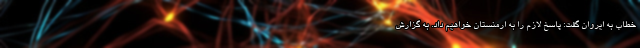
خطاب به ایروان گفت: پاسخ لازم را به ارمنستان خواهیم داد. به گزارش